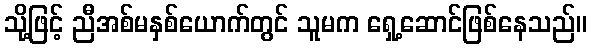
သို့ဖြင့် ညီအစ်မနှစ်ယောက်တွင် သူမက ရှေ့ဆောင်ဖြစ်နေသည်။